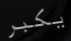
يكبر